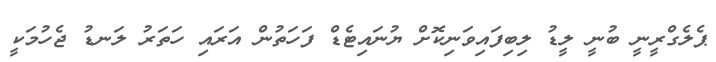
ޕެލެގްރީނީ ބުނީ ލީޑު ލިބިފައިވަނިކޮށް ޔުނައިޓެޑް ފަހަތުން އަރައި ހަތަރު ލަނޑު ޖެހުމަކީ